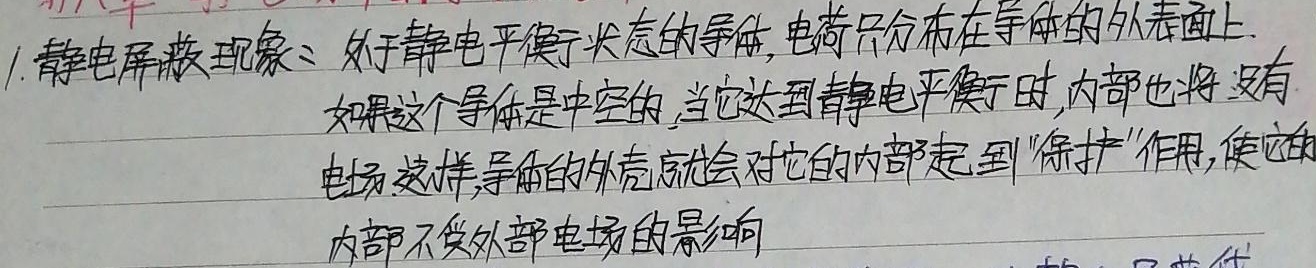
1. 静电屏蔽现象：处于静电平衡状态的导体，电荷只分布在导体的外表面上.
如果这个导体是中空的，当它达到静电平衡时，内部也将没有
电场.这样，导体的外壳就会对它的内部起到“保护”作用，使它的
内部不受外部电场的影响